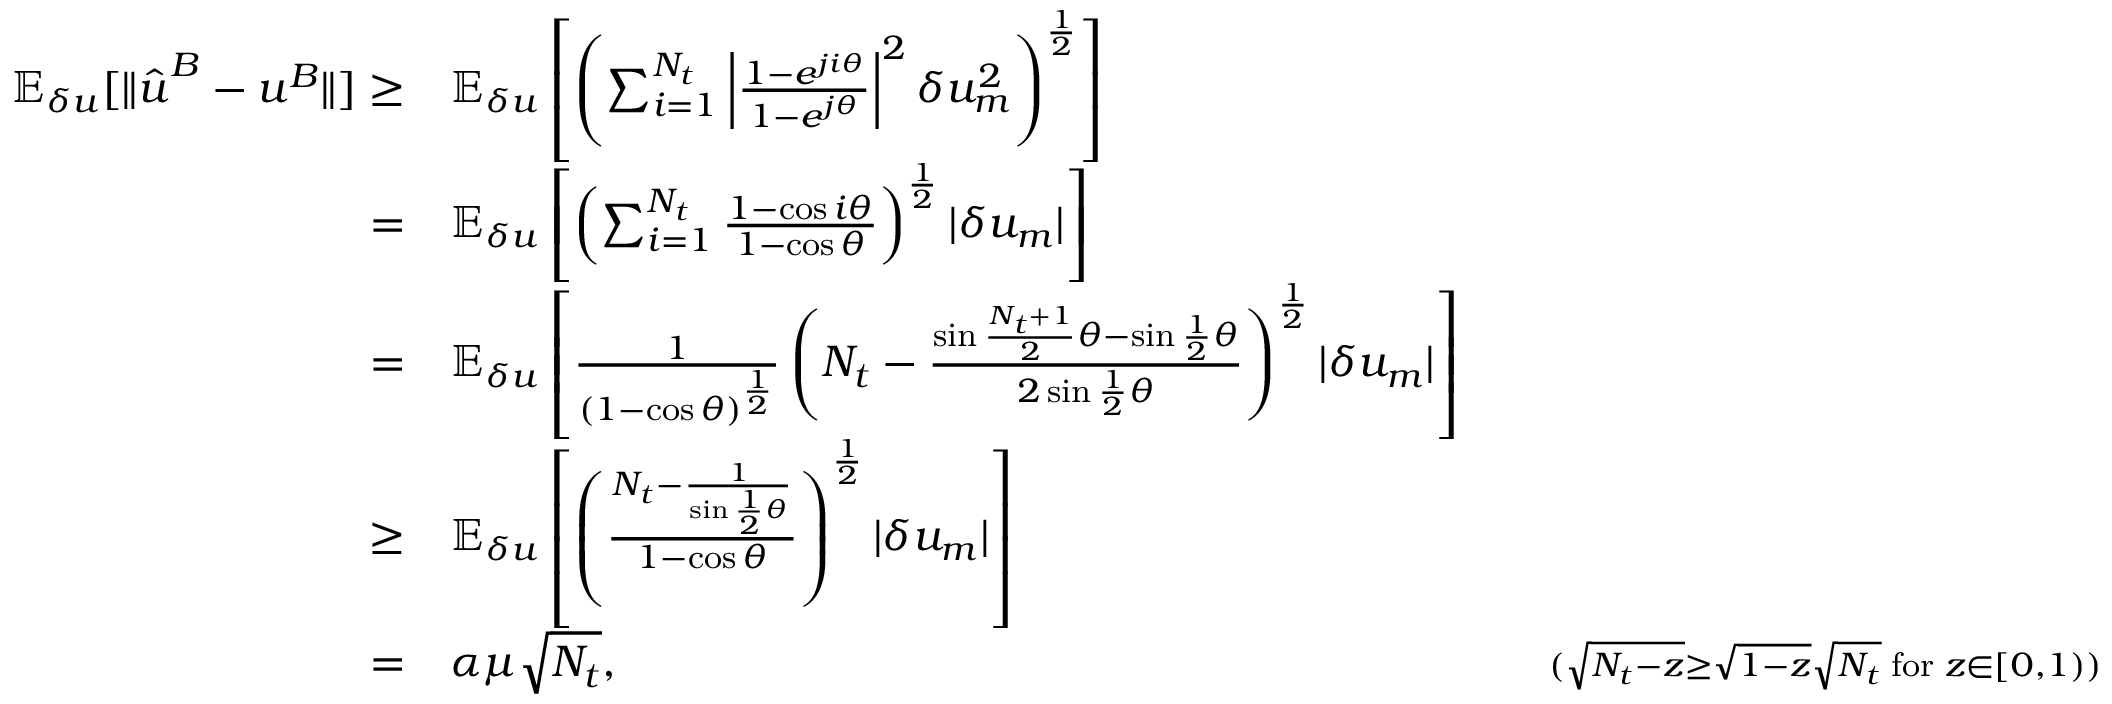
\begin{array} { r l r } { \mathbb { E } _ { \delta u } [ \| \hat { \boldsymbol { u } } ^ { B } - \boldsymbol { u } ^ { B } \| ] \ge } & { \mathbb { E } _ { \delta u } \left[ \left( \sum _ { i = 1 } ^ { N _ { t } } \left| \frac { 1 - e ^ { j i \theta } } { 1 - e ^ { j \theta } } \right| ^ { 2 } \delta u _ { m } ^ { 2 } \right) ^ { \frac { 1 } { 2 } } \right] } & \\ { = } & { \mathbb { E } _ { \delta u } \left[ \left( \sum _ { i = 1 } ^ { N _ { t } } \frac { 1 - \cos i \theta } { 1 - \cos \theta } \right) ^ { \frac { 1 } { 2 } } | \delta u _ { m } | \right] } & \\ { = } & { \mathbb { E } _ { \delta u } \left[ \frac { 1 } { ( 1 - \cos \theta ) ^ { \frac { 1 } { 2 } } } \left( N _ { t } - \frac { \sin \frac { N _ { t } + 1 } { 2 } \theta - \sin \frac { 1 } { 2 } \theta } { 2 \sin \frac { 1 } { 2 } \theta } \right) ^ { \frac { 1 } { 2 } } | \delta u _ { m } | \right] } & \\ { \ge } & { \mathbb { E } _ { \delta u } \left[ \left( \frac { N _ { t } - \frac { 1 } { \sin \frac { 1 } { 2 } \theta } } { 1 - \cos \theta } \right) ^ { \frac { 1 } { 2 } } | \delta u _ { m } | \right] } & \\ { = } & { \alpha \mu \sqrt { N _ { t } } , } & { \quad { \scriptstyle ( \sqrt { N _ { t } - z } \ge \sqrt { 1 - z } \sqrt { N _ { t } } \; \mathrm { f o r } \; z \in [ 0 , 1 ) ) } } \end{array}